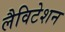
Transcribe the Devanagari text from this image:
लैविटेशन